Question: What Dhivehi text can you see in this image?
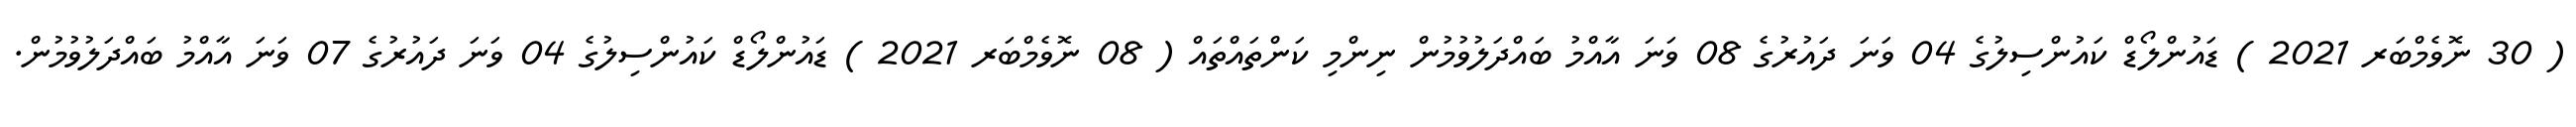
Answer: ( 30 ނޮވެމްބަރ 2021 ) ޑައުންލޯޑް ކައުންސިލުގެ 04 ވަނަ ދައުރުގެ 08 ވަނަ އާއްމު ބައްދަލުވުމުން ނިންމި ކަންތައްތައް ( 08 ނޮވެމްބަރ 2021 ) ޑައުންލޯޑް ކައުންސިލުގެ 04 ވަނަ ދައުރުގެ 07 ވަނަ އާއްމު ބައްދަލުވުމުން.